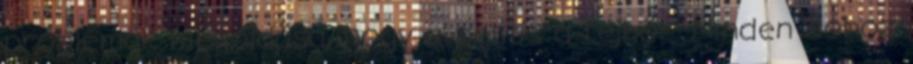
problémák megoldása, hogy a pestis a fejbőr. Minden doboz